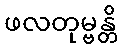
ဖလတုမ္ဗန္တိ